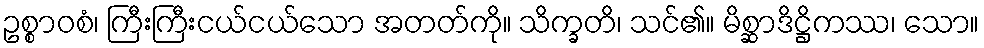
ဥစ္စာဝစံ၊ ကြီးကြီးငယ်ငယ်သော အတတ်ကို။ သိက္ခတိ၊ သင်၏။ မိစ္ဆာဒိဋ္ဌိကဿ၊ သော။